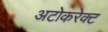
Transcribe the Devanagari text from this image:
अटोकरेक्ट